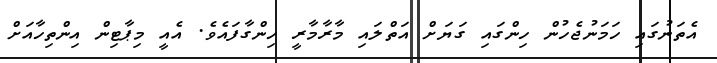
އެތަނުގައި ހަމަނުޖެހުން ހިންގައި ގަޔަށް އަތްލައި މާރާމާރީ ހިންގާފައެވެ. އެއީ މިޕާޓިން އިންތިހާއަށް